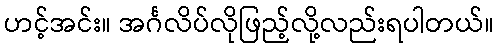
ဟင့်အင်း။ အင်္ဂလိပ်လိုဖြည့်လို့လည်းရပါတယ်။